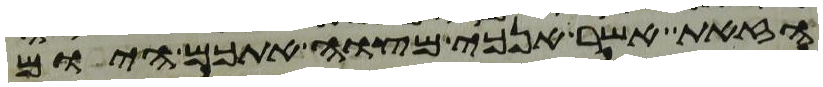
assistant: הזאת אשר אנכי מצוה אתכם היום